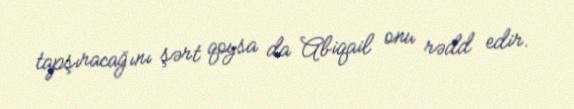
tapşıracağını şərt qoysa da Abiqail onu rədd edir.